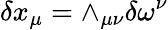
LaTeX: \delta x_{\mu}=\wedge_{\mu\nu}\delta\omega^{\nu}